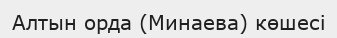
Алтын орда (Минаева) көшесі